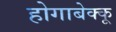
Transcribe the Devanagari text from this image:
होगाबेक्कू